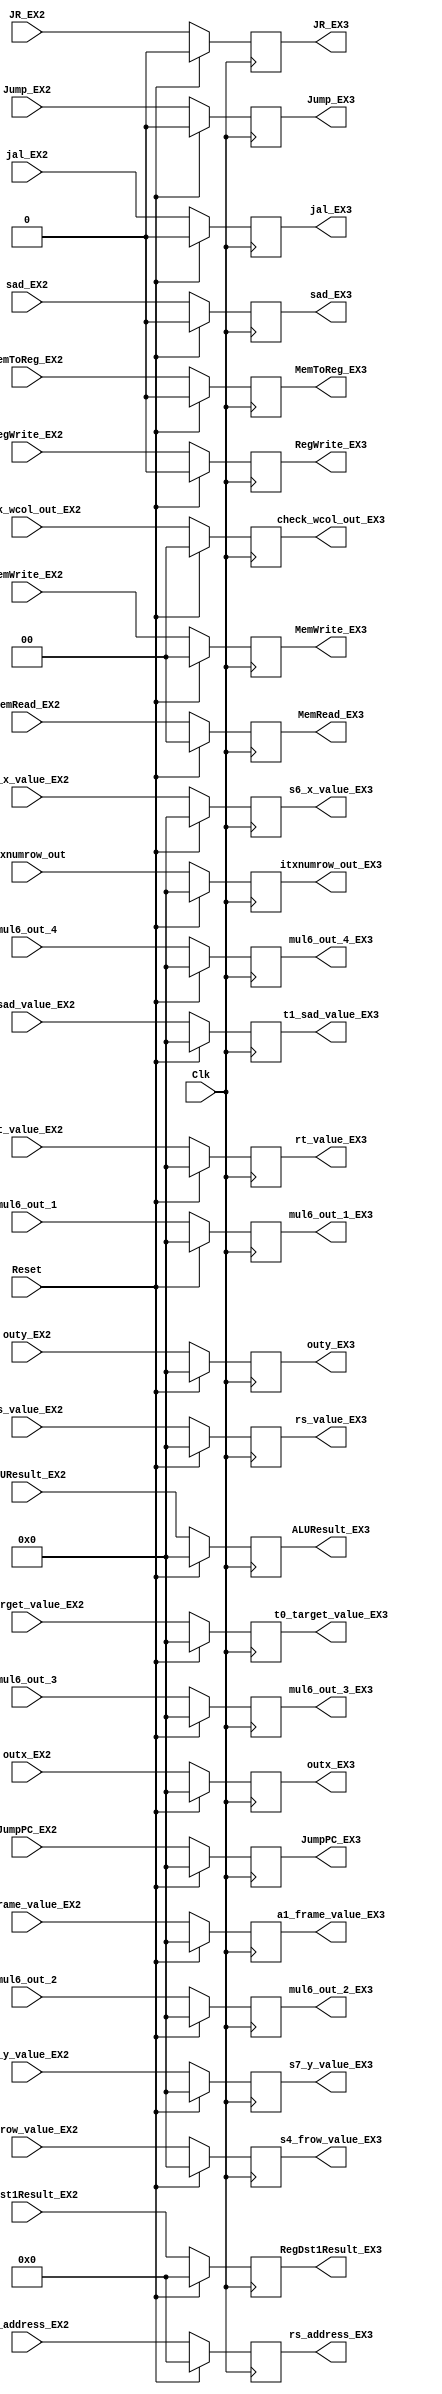
`timescale 1ns / 1ps

module EX2_EX3_Reg(ALUResult_EX2, /*PCPlusOffset_MEM,*/ /*rt_Register_Value_EX2, */
    RegDst1Result_EX2, /*Zero_MEM,*/ MemWrite_EX2, MemToReg_EX2, MemRead_EX2, /*Branch_MEM,*/ RegWrite_EX2, 
    jal_EX2, Jump_EX2, JR_EX2, JumpPC_EX2, rs_value_EX2, rt_value_EX2, Clk, Reset,
    //EX3
    ALUResult_EX3, /*PCPlusOffset_MEM,*/ /* rt_Register_Value_EX3,*/
    RegDst1Result_EX3, /*Zero_MEM,*/ MemWrite_EX3, MemToReg_EX3, MemRead_EX3, /*Branch_MEM,*/ RegWrite_EX3, 
    jal_EX3, Jump_EX3, JR_EX3, JumpPC_EX3, rs_value_EX3, rt_value_EX3,
    //registers for custom instruction EX2
    t1_sad_value_EX2, s4_frow_value_EX2, sad_EX2,
	s6_x_value_EX2, s7_y_value_EX2,t0_target_value_EX2, outx_EX2, outy_EX2, check_wcol_out_EX2,
    mul6_out_1,mul6_out_2,mul6_out_3,mul6_out_4, itxnumrow_out,a1_frame_value_EX2,
    //registers for custom instruction EX3
    t1_sad_value_EX3, s4_frow_value_EX3, sad_EX3,
	s6_x_value_EX3, s7_y_value_EX3, t0_target_value_EX3, outx_EX3, outy_EX3, check_wcol_out_EX3,
    mul6_out_1_EX3,mul6_out_2_EX3,mul6_out_3_EX3,mul6_out_4_EX3, itxnumrow_out_EX3,a1_frame_value_EX3,
    //EXTRA ADDITIONS
    rs_address_EX2,rs_address_EX3
    );

input [31:0] ALUResult_EX2, /* rt_Register_Value_EX,*/ rs_value_EX2, rt_value_EX2, JumpPC_EX2;
input [4:0] RegDst1Result_EX2,rs_address_EX2;
input [1:0] MemWrite_EX2, MemRead_EX2;
input MemToReg_EX2, RegWrite_EX2, jal_EX2, Jump_EX2, JR_EX2;
input Clk, Reset;

output reg [31:0] ALUResult_EX3, /* rt_Register_Value_EX2,*/ rs_value_EX3, rt_value_EX3, JumpPC_EX3;
output reg [4:0] RegDst1Result_EX3,rs_address_EX3;
output reg [1:0] MemWrite_EX3, MemRead_EX3;
output reg MemToReg_EX3, RegWrite_EX3, jal_EX3, Jump_EX3, JR_EX3;

//custom instruction
input [31:0] t1_sad_value_EX2, s4_frow_value_EX2,
             s6_x_value_EX2, s7_y_value_EX2, t0_target_value_EX2, outx_EX2, outy_EX2, a1_frame_value_EX2;
input sad_EX2;
input [1:0] check_wcol_out_EX2;
input [31:0] mul6_out_1, mul6_out_2, mul6_out_3, mul6_out_4,
    itxnumrow_out;

output reg [31:0] t1_sad_value_EX3, s4_frow_value_EX3,
             s6_x_value_EX3, s7_y_value_EX3, t0_target_value_EX3, outx_EX3, outy_EX3, a1_frame_value_EX3;
output reg sad_EX3;
output reg [1:0] check_wcol_out_EX3;
output reg [31:0] mul6_out_1_EX3, mul6_out_2_EX3, mul6_out_3_EX3, mul6_out_4_EX3,
    itxnumrow_out_EX3;

 initial begin
    ALUResult_EX3 <= 0;
//  rt_Register_Value_EX <= 0;
    rs_value_EX3 <= 0;
    rt_value_EX3 <= 0;
    RegDst1Result_EX3 <= 0;
    MemWrite_EX3 <= 0;
    MemToReg_EX3 <= 0;
    MemRead_EX3 <= 0;
    RegWrite_EX3 <= 0;
    jal_EX3 <= 0;
    Jump_EX3 <= 0;
    JR_EX3 <= 0;
    JumpPC_EX3 <= 0;

    t1_sad_value_EX3 <= 0;
    s4_frow_value_EX3 <= 0;
    sad_EX3 <= 0;
    s6_x_value_EX3 <= 0;
    s7_y_value_EX3 <= 0;
    t0_target_value_EX3 <= 0;
    outx_EX3 <= 0;
    outy_EX3 <= 0;
    check_wcol_out_EX3 <= 0;
    a1_frame_value_EX3 <= 0;

    mul6_out_1_EX3 <= 0;
    mul6_out_2_EX3 <= 0;
    mul6_out_3_EX3 <= 0;
    mul6_out_4_EX3 <= 0;
    itxnumrow_out_EX3 <= 0;

    rs_address_EX3 <= 0;
 end

always @(posedge Clk) begin
    
    if (Reset == 1)begin
        ALUResult_EX3 <= 0;
//      rt_Register_Value_EX2 <= 0;
        rs_value_EX3 <= 0;
        rt_value_EX3 <= 0;
        RegDst1Result_EX3 <= 0;
        MemWrite_EX3 <= 0;
        MemToReg_EX3 <= 0;
        MemRead_EX3 <= 0;
        RegWrite_EX3 <= 0;
        jal_EX3 <= 0;
        Jump_EX3 <= 0;
        JR_EX3 <= 0;
        JumpPC_EX3 <= 0;

        t1_sad_value_EX3 <= 0;
        s4_frow_value_EX3 <= 0;
        sad_EX3 <= 0;
        s6_x_value_EX3 <= 0;
        s7_y_value_EX3 <= 0;
        t0_target_value_EX3 <= 0;
        outx_EX3 <= 0;
        outy_EX3 <= 0;
        check_wcol_out_EX3 <= 0;
        a1_frame_value_EX3 <= 0;

        mul6_out_1_EX3 <= 0;
        mul6_out_2_EX3 <= 0;
        mul6_out_3_EX3 <= 0;
        mul6_out_4_EX3 <= 0;
        itxnumrow_out_EX3 <= 0;

        rs_address_EX3 <= 0;
    end
    else begin
        ALUResult_EX3 <= ALUResult_EX2;
//      rt_Register_Value_EX2 <= rt_Register_Value_EX1;
        rs_value_EX3 <= rs_value_EX2;
        rt_value_EX3 <= rt_value_EX2;
        RegDst1Result_EX3 <= RegDst1Result_EX2;
        MemWrite_EX3 <= MemWrite_EX2;
        MemToReg_EX3 <= MemToReg_EX2;
        MemRead_EX3 <= MemRead_EX2;
        RegWrite_EX3 <= RegWrite_EX2;
        jal_EX3 <= jal_EX2;
        Jump_EX3 <= Jump_EX2;
        JR_EX3 <= JR_EX2;
        JumpPC_EX3 <= JumpPC_EX2;

        t1_sad_value_EX3 <= t1_sad_value_EX2;
        s4_frow_value_EX3 <= s4_frow_value_EX2;
        sad_EX3 <= sad_EX2;
        s6_x_value_EX3 <= s6_x_value_EX2;
        s7_y_value_EX3 <= s7_y_value_EX2;
        t0_target_value_EX3 <= t0_target_value_EX2;
        outx_EX3 <= outx_EX2;
        outy_EX3 <= outy_EX2;
        check_wcol_out_EX3 <= check_wcol_out_EX2;
        a1_frame_value_EX3 <= a1_frame_value_EX2;

        mul6_out_1_EX3 <= mul6_out_1;
        mul6_out_2_EX3 <= mul6_out_2;
        mul6_out_3_EX3 <= mul6_out_3;
        mul6_out_4_EX3 <= mul6_out_4;
        itxnumrow_out_EX3 <= itxnumrow_out;

        rs_address_EX3 <= rs_address_EX2;
    end
    
end

endmodule